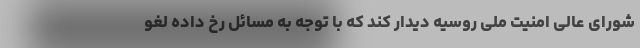
شورای عالی امنیت ملی روسیه دیدار کند که با توجه به مسائل رخ داده لغو